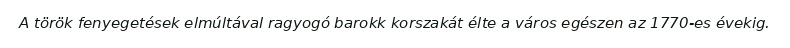
A török fenyegetések elmúltával ragyogó barokk korszakát élte a város egészen az 1770-es évekig.